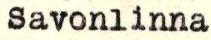
Savonlinna